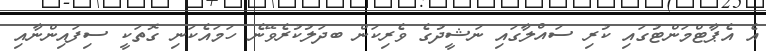
އެ އެޕާޓްމަންޓުގައި ކުރި ސައްލާގައި ނަޝީދުގެ ވެރިކަން ބދަލުކުރެވޭނެ ހަމައެކަނި ގޮތަކީ ސިފައިންނާއި